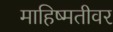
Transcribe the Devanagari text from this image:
माहिष्मतीवर